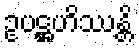
ဥပဋ္ဌဟိဿန္တိ